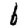
Digit: 6